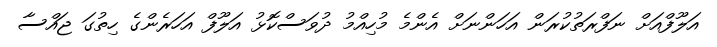
އަލޫފްއަށް ނަފްރަތުކުރަން އަހަންނަށް އެންމެ މުހިއްމު ދުވަސްކޮޅު އަލޫފް އަހަރެންގެ ހިތުގަ ޖައްސާ